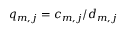
q _ { m , j } = c _ { m , j } / d _ { m , j }